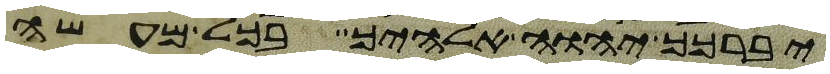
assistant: יברכך יהוה אלהיך בכל מעשה